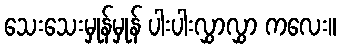
သေးသေးမှုန်မှုန် ပါးပါးလွှာလွှာ ကလေး။